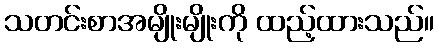
သတင်းစာအမျိုးမျိုးကို ထည့်ထားသည်။